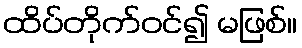
ထိပ်တိုက်ဝင်၍ မဖြစ်။